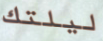
ليلتك